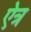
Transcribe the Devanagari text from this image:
ऐत्र